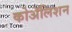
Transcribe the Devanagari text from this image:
कोॲलिशन